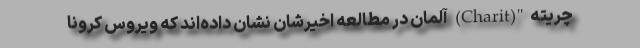
چریته"(Charit) آلمان در مطالعه اخیرشان نشان داده‌اند که ویروس کرونا